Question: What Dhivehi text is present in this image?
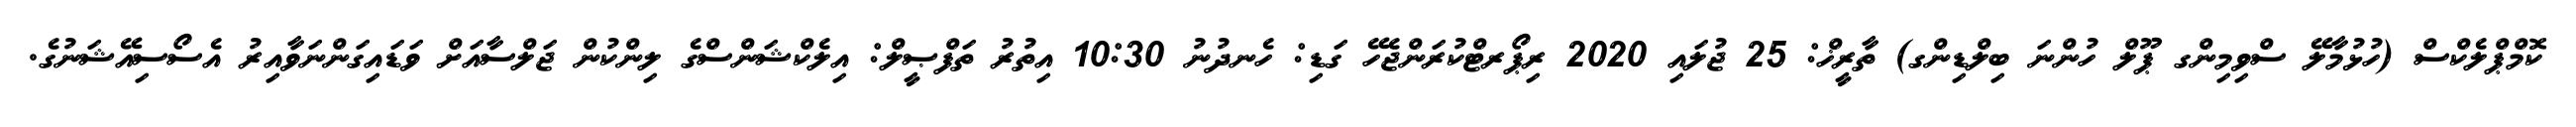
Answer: ކޮމްޕްލެކްސް (ހުޅުމާލޭ ސްވިމިންގ ޕޫލް ހުންނަ ބިލްޑިންގ) ތާރީޚް: 25 ޖުލައި 2020 ރިޕޯރޓްކުރަންޖެހޭ ގަޑި: ހެނދުނު 10:30 އިތުރު ތަފްޞީލް: އިލެކްޝަންސްގެ ލިންކުން ޖަލްސާއަށް ވަޑައިގަންނަވާއިރު އެސޯސިއޭޝަނުގެ.